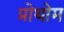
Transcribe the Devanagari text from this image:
प्रोथोम